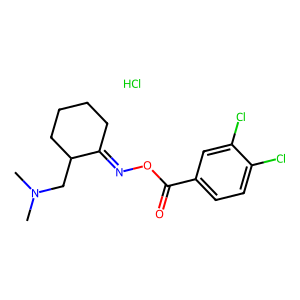
SMILES: CN(C)CC1CCCCC1=NOC(=O)c1ccc(Cl)c(Cl)c1.Cl
Inhibits HIV replication: No